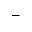
-